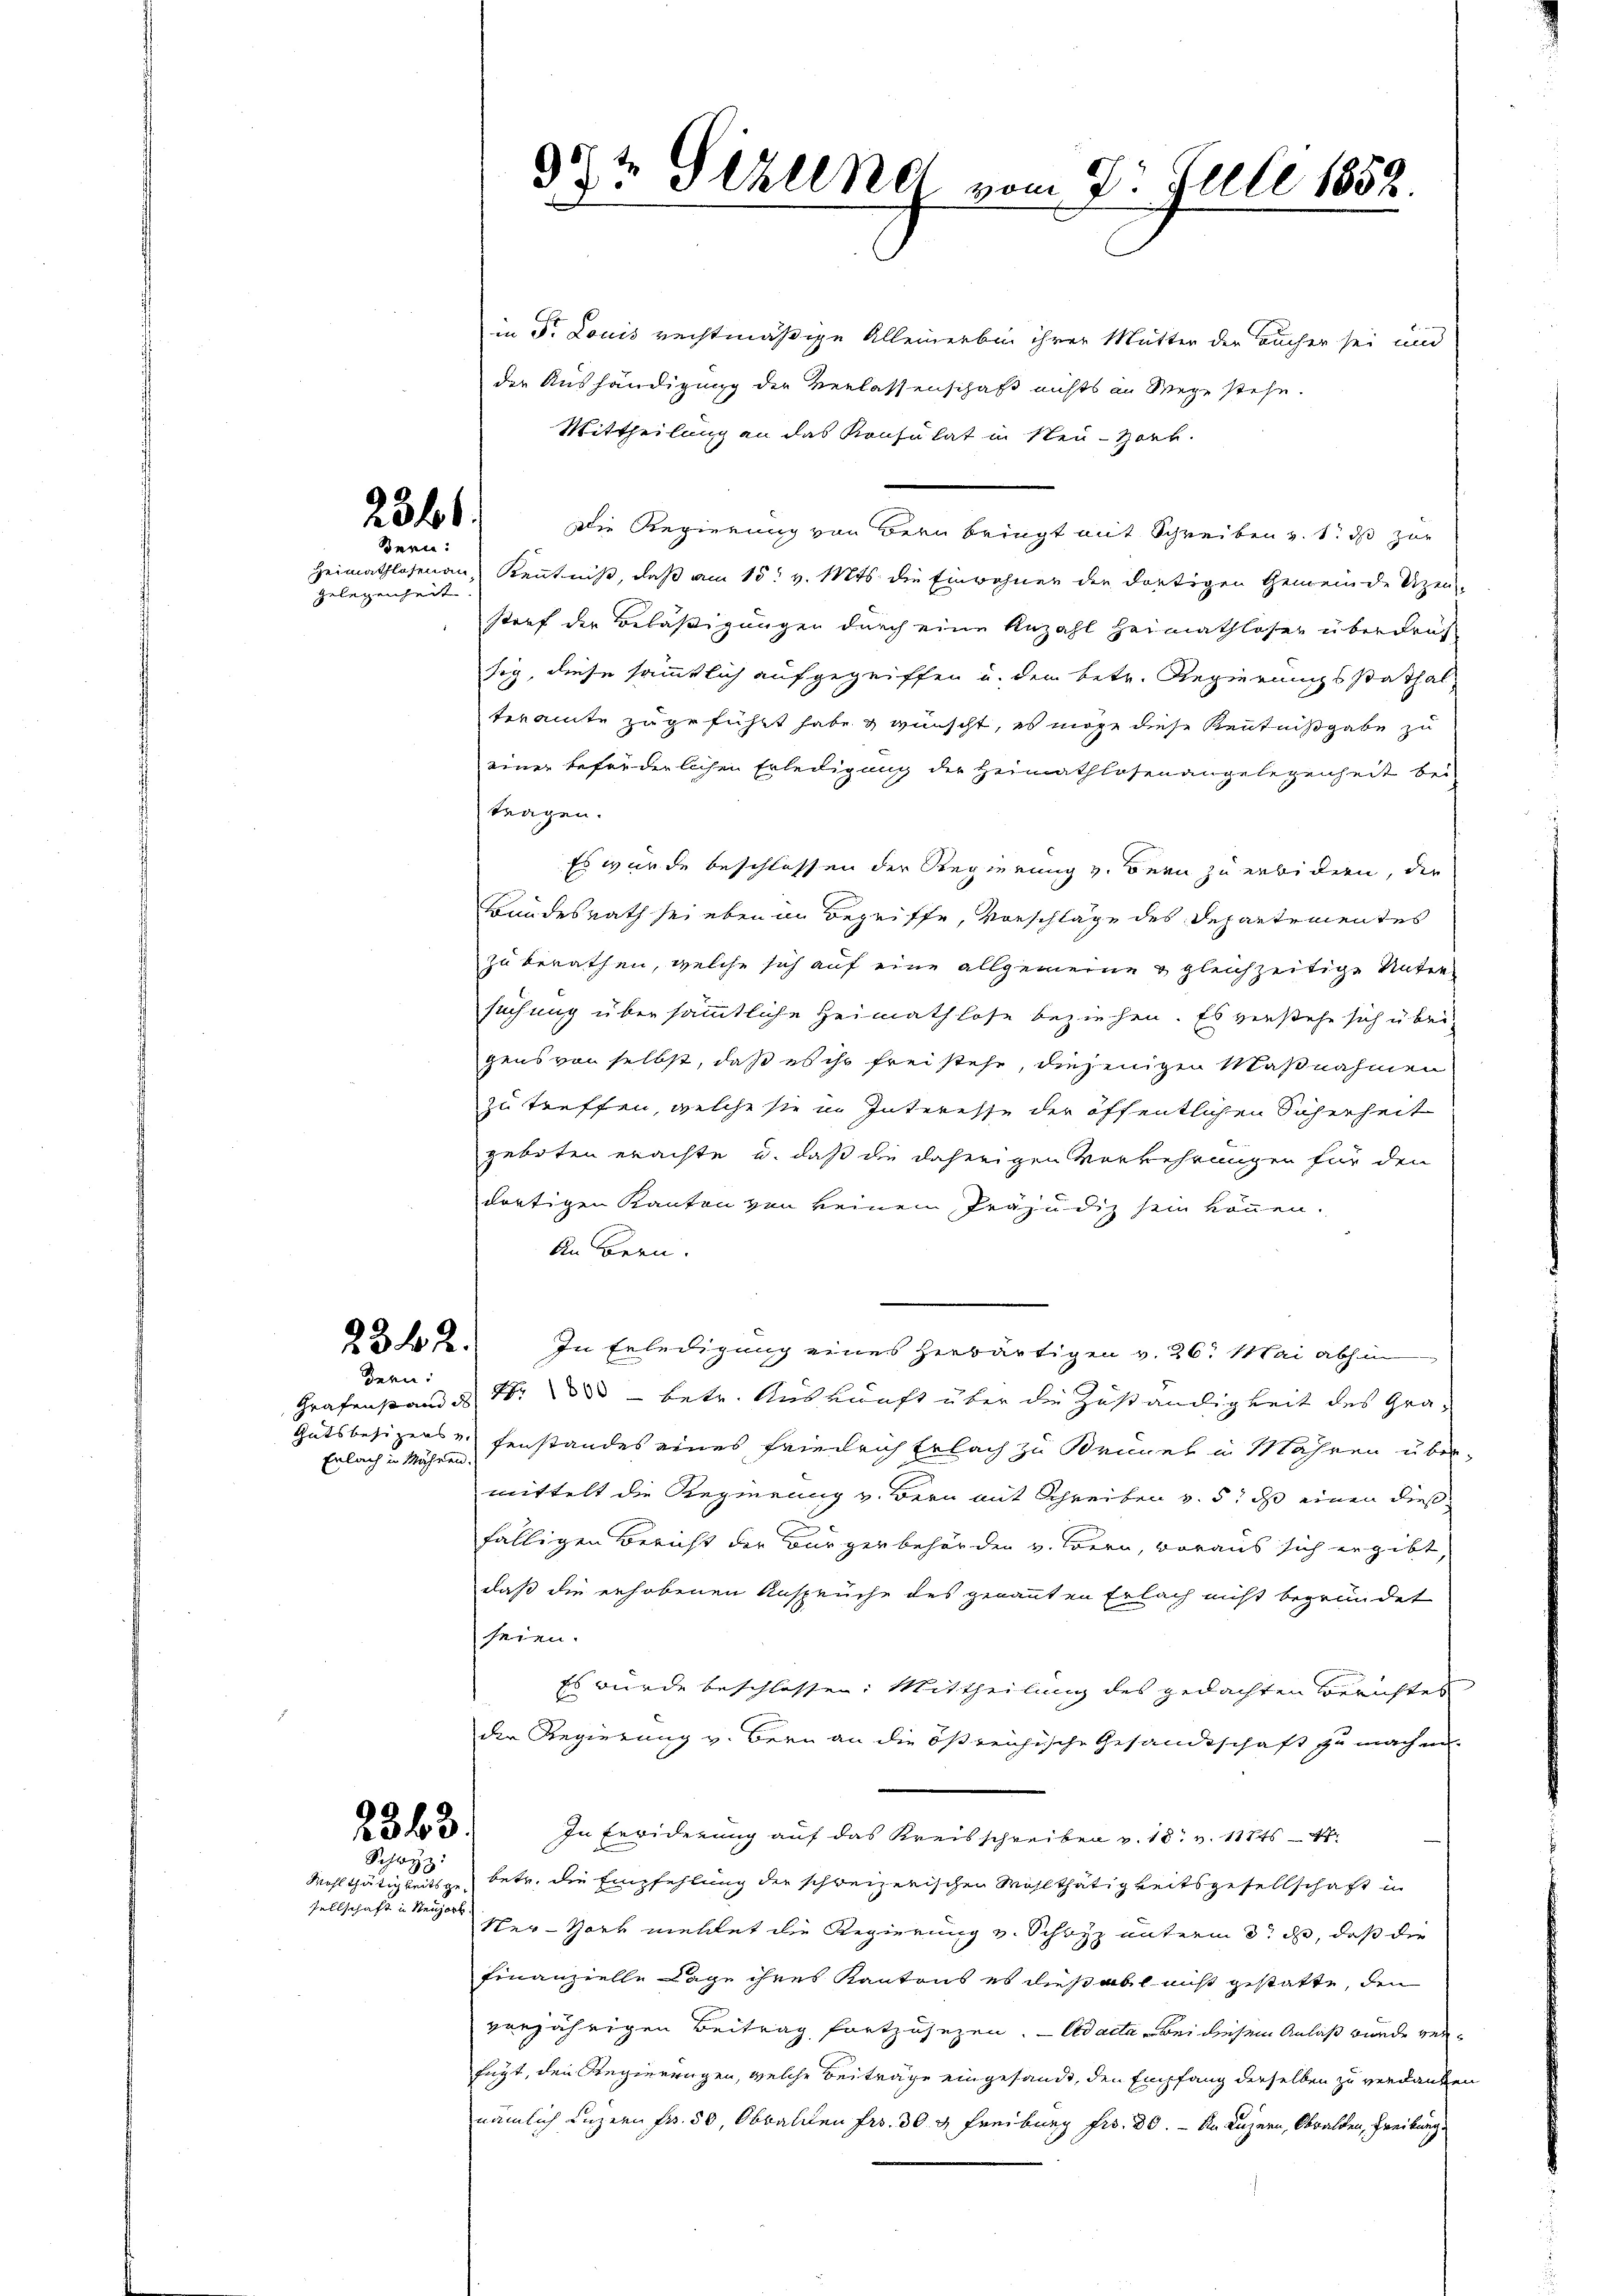
2361
Bern:

Gelegenheit.

2342.

Bern:
Erlach in Mähren.

233.
Schwyz:

sellschaft in Neugart

9t Sehling vom 2. Juli 1858.

in Fr. Louis rechtmäßige Alleinerbin ihrer Mutter der Bücher sei und
der Aushändigung der Verlassenschaft nichts an Wege stehe.
Mittheilung an das Konsulat in Neu-Hork.
Die Regierung von Bern bringt mit Schreiben v. 1. ds zur
Heimathlosenau, Kenntniß, daß am 15t v. Mts. die Einwohner der dortigen Gemeinde Uizen
storf der Beläßigungen durch eine Anzahl Heimathloser überdruf
sig, diese sämmtlich aufgegriffen u. den betr. Regierungsstathalteramte zugeführt habe & wünscht, es möge diese Kenntnißgabe zu
einer beförderlichen Erledigung der Heimathlosenangelegenheit bei
tragen.
Es wurde beschlossen der Regierung v. Bern zu erbidern, die
Bundesrath sei eben in Begriffe, Vorschläge des Departementes
zu berathen, welche sich auf eine allgemeine & gleichzeitige Untersuchung über sämmtliche Heimathlose beziehen. Es verstehe sich über-
gens von selbst, daß es ihr freistehe, diejenigen Maßnahmen
zu treffen, welche sie in Interesse der öffentlichen Sicherheit
geboten erachte u. daß die daherigen Verkehrungen für den
dortigen Kanton von keinem Präjudiz sein können.
An Bern.
.
In Erledigung eines herbärtigen v. 26. Mai abhin
Grafenstand u. Nr. 800 betr. Auskunft über die Zuständigkeit des Gra-
Gutsbesizers v. Fenstandes eines Friedrich Erlach zu Brünet in Mähren über-
mittelt die Regierung v. Bern mit Schreiben v. 5. ds einen dießfälligen Bericht der Bürger behörden v. Bern, woraus sich ergibt,
daß die erhobenen Ansprüche des genannten Erlach nicht begründet
seien.
Es wurde beschlossen: Mittheilung des gedachten Berichtes
die Regierung v. Bern an die ößreichische Gesandtschaft zu machen.
In Erwiderung auf das Kreisschreiben v. 18. v. 11845-47
Wohlthätigkeitsge betr. die Empfehlung der schweizerischen Wohlthätigkeitsgesellschaft in
Ner-Horb mehlet die Regierung v. Schwyz unterm 3t d, daß die
Finanzielle Lage ihres Kantons es dies all nicht gestatte, den
vorjährigen Beitrag fortzusezen. - Adacta bei diesem Anlaß wurde verfügt, den Regierungen, welche Beiträge eingesandt, den Empfang derselben zu verdanken
nämlich Luzern Fr. 50, Obwalden Fr. 30. v. Freiburg Fr. 80. - An Luzern, Obwalden, Freiburg